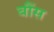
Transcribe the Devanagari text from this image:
बौंस